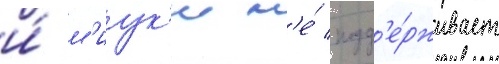
и́ м'иук'и н'е́ подд'е́рживает